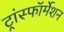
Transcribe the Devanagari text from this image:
ट्रांस्फॉर्मेशन